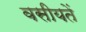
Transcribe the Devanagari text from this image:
वसीयतें